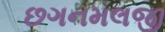
છગનમલજી